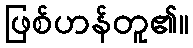
ဖြစ်ဟန်တူ၏။